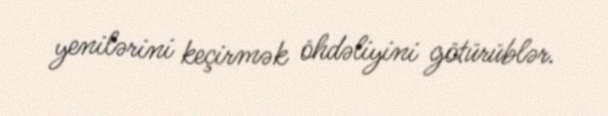
yenilərini keçirmək öhdəliyini götürüblər.